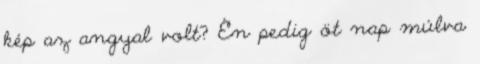
kép az angyal volt? Én pedig öt nap múlva